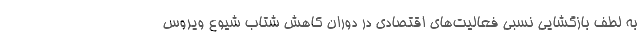
به لطف بازگشایی نسبی فعالیت‌های اقتصادی در دوران کاهش شتاب شیوع ویروس